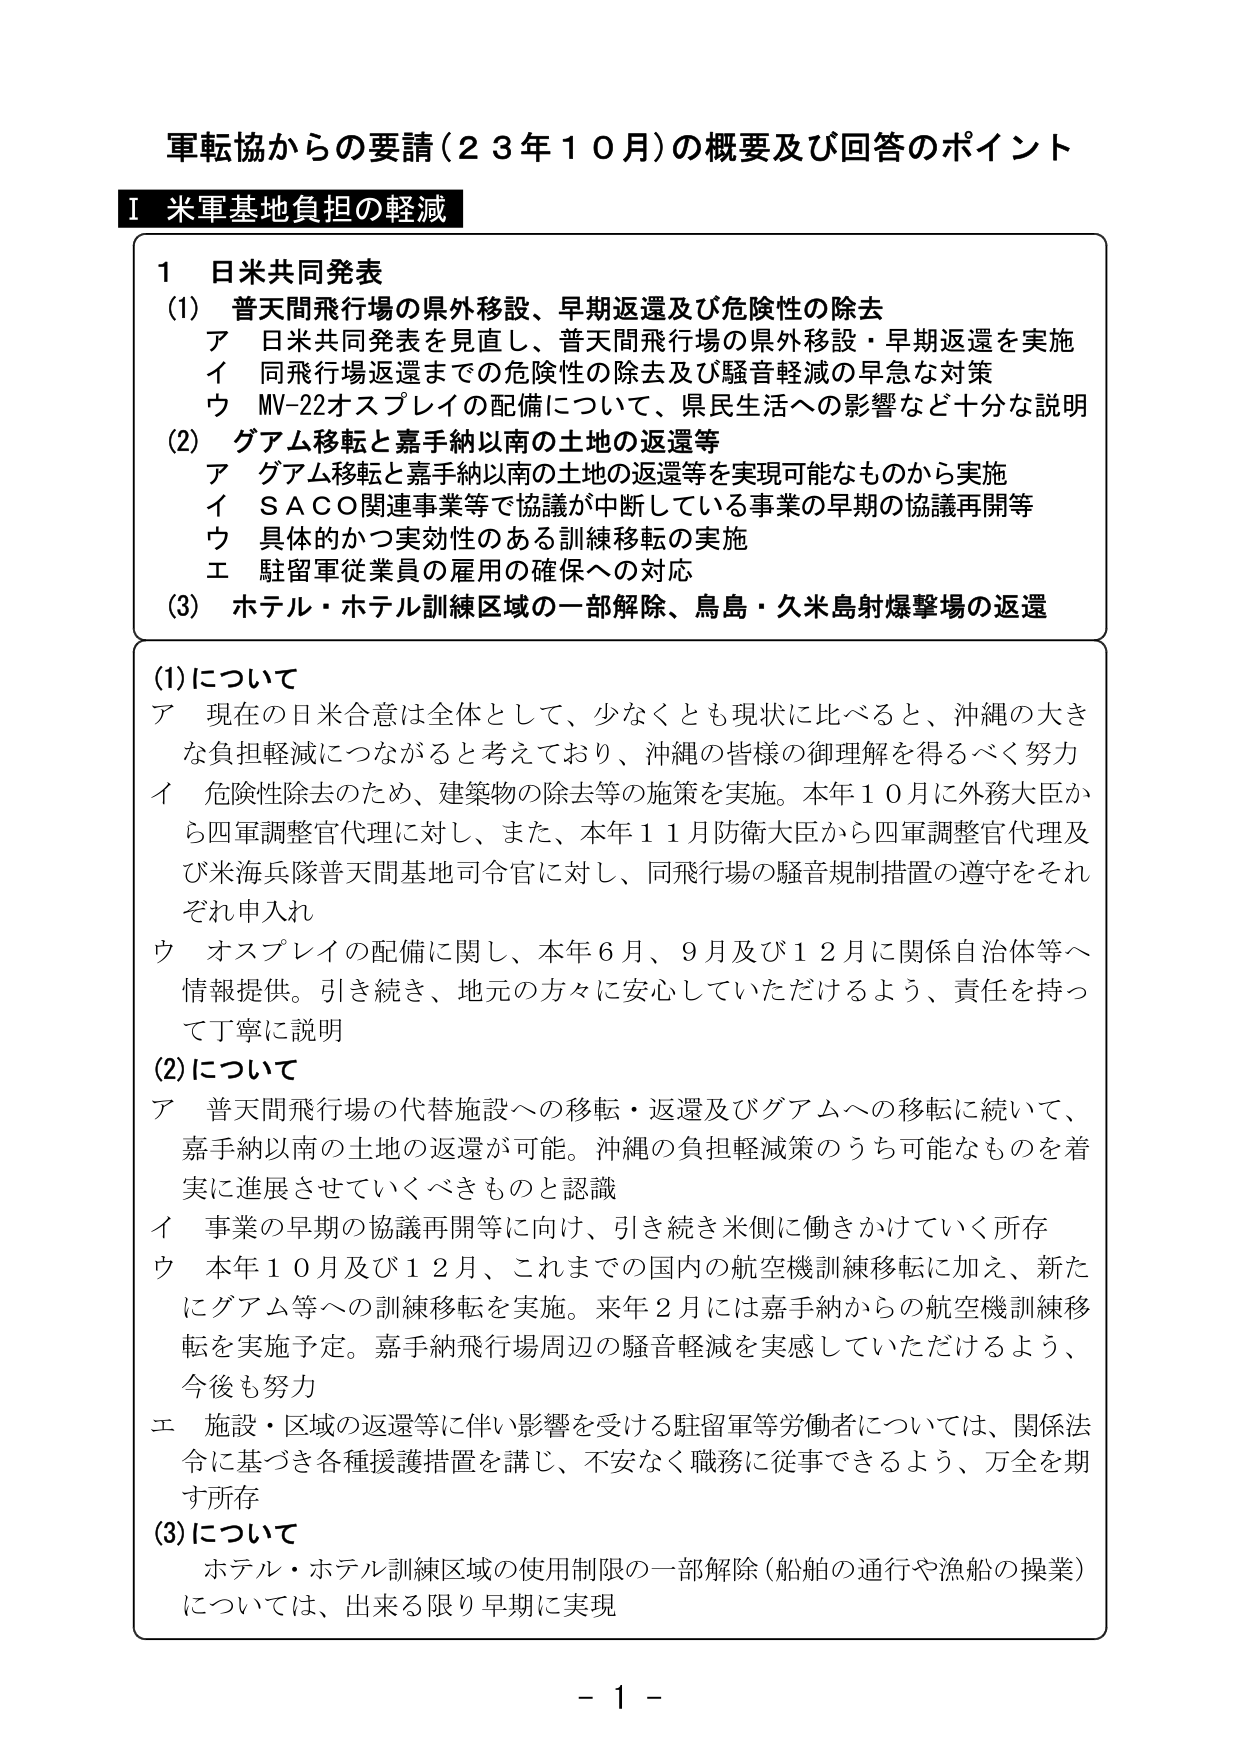
軍転協からの要請（２３年１０月）の概要及び回答のポイント

Ⅰ 米軍基地負担の軽減

１ 日米共同発表
(1) 普天間飛行場の県外移設、早期返還及び危険性の除去
　ア 日米共同発表を見直し、普天間飛行場の県外移設・早期返還を実施
　イ 同飛行場返還までの危険性の除去及び騒音軽減の早急な対策
　ウ MV-22オスプレイの配備について、県民生活への影響など十分な説明
(2) グアム移転と嘉手納以南の土地の返還等
　ア グアム移転と嘉手納以南の土地の返還等を実現可能なものから実施
　イ SACO関連事業等で協議が中断している事業の早期の協議再開等
　ウ 具体的かつ実効性のある訓練移転の実施
　エ 駐留軍従業員の雇用の確保への対応
(3) ホテル・ホテル訓練区域の一部解除、鳥島・久米島射爆撃場の返還

(1)について
ア 現在の日米合意は全体として、少なくとも現状に比べると、沖縄の大きな負担軽減につながると考えており、沖縄の皆様の御理解を得るべく努力
イ 危険性除去のため、建築物の除去等の施策を実施。本年１０月に外務大臣から四軍調整官代理に対し、また、本年１１月防衛大臣から四軍調整官代理及び米海兵隊普天間基地司令官に対し、同飛行場の騒音規制措置の遵守をそれぞれ申入れ
ウ オスプレイの配備に関し、本年６月、９月及び１２月に関係自治体等へ情報提供。引き続き、地元の方々に安心していただけるよう、責任を持って丁寧に説明

(2)について
ア 普天間飛行場の代替施設への移転・返還及びグアムへの移転に続いて、嘉手納以南の土地の返還が可能。沖縄の負担軽減策のうち可能なものを着実に進展させていくべきものと認識
イ 事業の早期の協議再開等に向け、引き続き米側に働きかけていく所存
ウ 本年１０月及び１２月、これまでの国内の航空機訓練移転に加え、新たにグアム等への訓練移転を実施。来年２月には嘉手納からの航空機訓練移転を実施予定。嘉手納飛行場周辺の騒音軽減を実感していただけるよう、今後も努力
エ 施設・区域の返還等に伴い影響を受ける駐留軍等労働者については、関係法令に基づき各種援護措置を講じ、不安なく職務に従事できるよう、万全を期す所存

(3)について
　ホテル・ホテル訓練区域の使用制限の一部解除（船舶の通行や漁船の操業）については、出来る限り早期に実現

－ 1 －